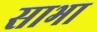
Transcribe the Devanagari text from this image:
साभा